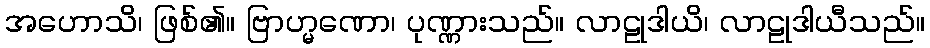
အဟောသိ၊ ဖြစ်၏။ ဗြာဟ္မဏော၊ ပုဏ္ဏားသည်။ လာဠုဒါယိ၊ လာဠုဒါယီသည်။